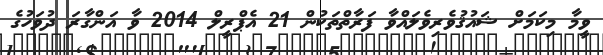
ވީމާ މިކަމަށް ޝައުޤުވެރިވެލައްވާ ފަރާތްތަކުން 21 އެޕްރީލް 2014 ވާ އަންގާރަ ދުވަހުގެ